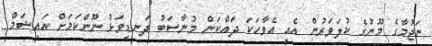
ނަޖުމާގެ މޫނުގެ ކުލަވަރުން އެއީ އެވާހަކަ ދައްކަން މުނާސަބު ދަނޑިވަޅު ނޫންކަމަށް އައިޝަމް